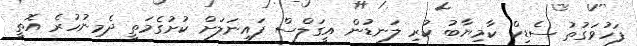
ފަހުވަގުތު ސެޑިކް ކާމިޔާބު ކުރި ލަނޑުން އީގަލްސް ފައިނަލަށް ކުށުގެމަތީ ދެމިނުހުރެ އޮތީ